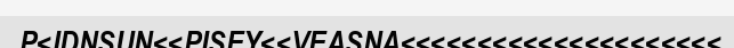
P<IDNSUN<<PISEY<<VEASNA<<<<<<<<<<<<<<<<<<<<<